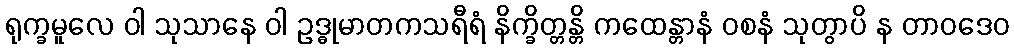
ရုက္ခမူလေ ဝါ သုသာနေ ဝါ ဥဒ္ဓုမာတကသရီရံ နိက္ခိတ္တန္တိ ကထေန္တာနံ ဝစနံ သုတွာပိ န တာဝဒေဝ